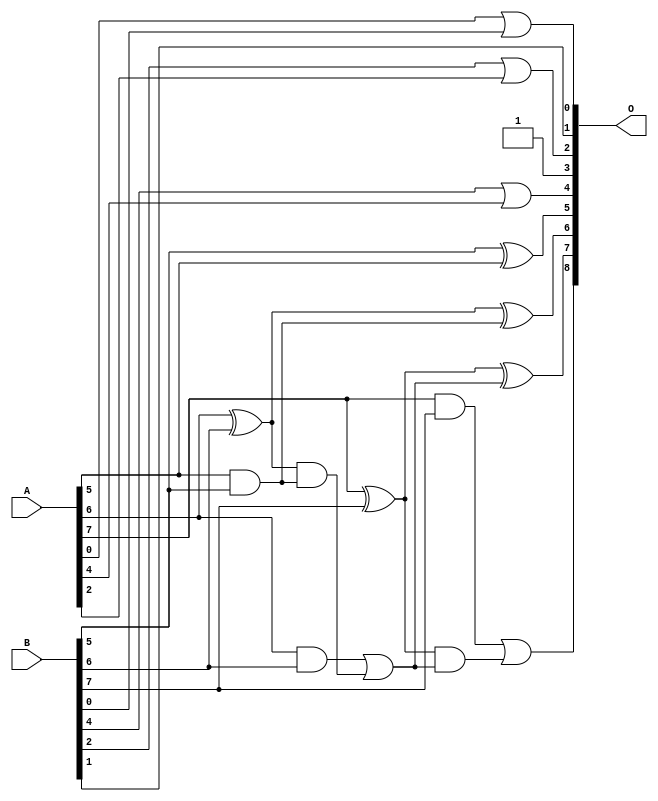
module add8u_8KZ(A, B, O);
  input [7:0] A, B;
  output [8:0] O;
  wire sig_39, sig_42, sig_43, sig_44, sig_45, sig_47;
  wire sig_48, sig_49, sig_50;
  assign O[0] = A[0] | B[0];
  assign O[4] = B[4] | A[4];
  assign O[2] = B[2] | A[2];
  assign O[3] = 1'b1;
  assign sig_39 = A[5] & B[5];
  assign O[5] = B[5] ^ A[5];
  assign sig_42 = sig_39;
  assign sig_43 = A[6] ^ B[6];
  assign sig_44 = A[6] & B[6];
  assign sig_45 = sig_43 & sig_42;
  assign O[6] = sig_43 ^ sig_42;
  assign sig_47 = sig_44 | sig_45;
  assign sig_48 = A[7] ^ B[7];
  assign sig_49 = A[7] & B[7];
  assign sig_50 = sig_48 & sig_47;
  assign O[7] = sig_48 ^ sig_47;
  assign O[8] = sig_49 | sig_50;
  assign O[1] = B[1];
endmodule